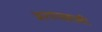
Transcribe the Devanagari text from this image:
अरणयवासी